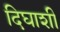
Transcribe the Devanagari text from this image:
दिघाशी